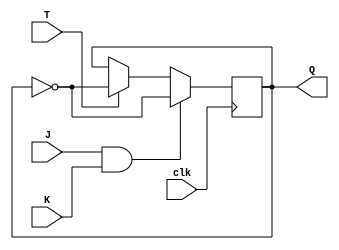
module T_FF_JK (
    input T,
    input J,
    input K,
    input clk,
    output reg Q
);

always @(posedge clk) begin
    if (J & K) begin
        Q <= ~Q;
    end else if (T) begin
        Q <= ~Q;
    end
end

endmodule